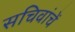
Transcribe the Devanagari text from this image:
सचिवांचें